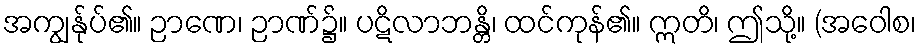
အကျွန်ုပ်၏။ ဉာဏေ၊ ဉာဏ်၌။ ပဋိလာဘန္တိ၊ ထင်ကုန်၏။ ဣတိ၊ ဤသို့။ (အဝေါစ၊